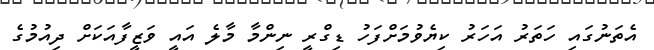
އެތަނުގައި ހަތަރު އަހަރު ކިޔެވުމަށްފަހު ޑިގްރީ ނިންމާ މާލެ އައީ ވަޒީފާއަކަށް ދިއުމުގެ